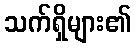
သက်ရှိများ၏